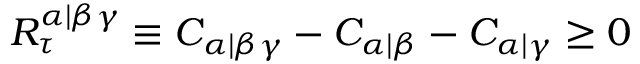
R _ { \tau } ^ { \alpha | \beta \gamma } \equiv C _ { \alpha | \beta \gamma } - C _ { \alpha | \beta } - C _ { \alpha | \gamma } \geq 0